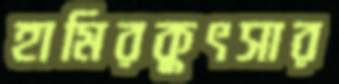
হামিরকুৎসার